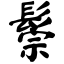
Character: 鬃